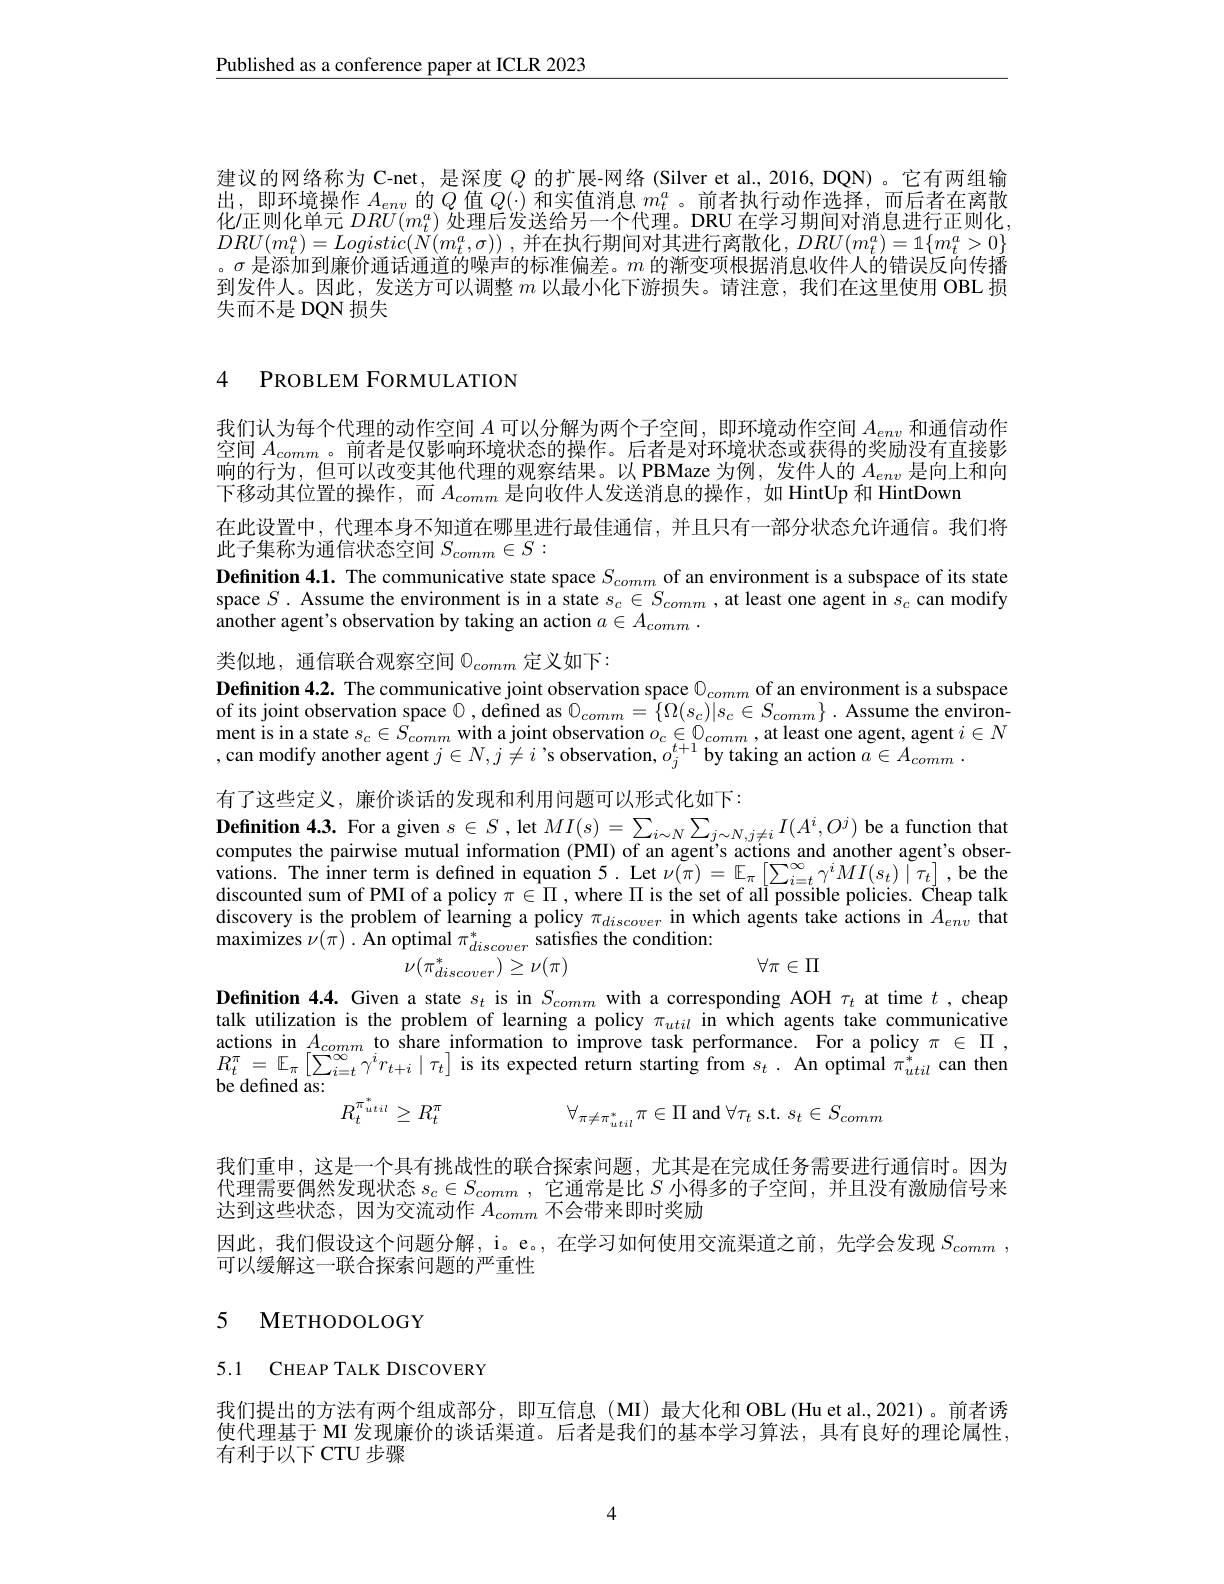
$\underline{\text{Published as a conference paper at ICLR 2023}}$

建议的网络称为 C-net, 是深度$Q$的扩展-网络 (Silver et al, 2016, DQN) 。它有两组输出，即环境操作$A_env$的$Q$值$Q(\cdot)$和实值消息$m_t^a$。前者执行动作选择，而后者在离散化佂则化单元$DRU(m_t^a)$处理后发送给另一个代理。DRU 在学习期间对消息进行正则化， $DRU( m_{t}^{a}) = Logistic( \bar{N} ( m_{t}^{a}, \sigma ) )$ ,并在执行期间对其进行离散化$,DRU(m_{t}^{a})=1\{m_{t}^{a}>0\}$ 。$\sigma$是添加到廉价通话通道的噪声的标准偏差。$m$的渐变项根据消息收件人的错误反向传播到发件人。因此，发送方可以调整$m$以最小化下游损失。请注意，我们在这里使用 OBL 损失而不是 DQN 损失

### 4 PROBLEM FORMULATION

我们认为每个代理的动作空间$A$可以分解为两个子空间，即环境动作空间$A_env$和通信动作

空间$A_{comm}$ 。前者是仅影响环境状态的操作。后者是对环境状态或获得的奖励没有直接影

响的行为，但可以改变其他代理的观察结果。以 PBMaze 为例，发件人的$A_{env}$是向上和向

下移动其位置的操作，而$A_comm$是向收件人发送消息的操作，如 HintUp 和 HintDown

在此设置中，代理本身不知道在哪里进行最佳通信，并且只有一部分状态允许通信。我们将

此子集称为通信状态空间$S_comm\in S:$

Definition 4.1. The communicative state space $S_{comm}$ of an environment is a subspace of its state

space $S.$ Assume the environment is in a state $s_c\in S_{comm}$, at least one agent in $s_c$ can modify

another agent's observation by taking an action $a\in A_comm$ .

类似地，通信联合观察空间$0_{comm}$定义如下：

Definition 4.2. The communicative joint observation space $\textcircled{0}_{comm}$ of an environment is a subspace

of its joint observation space 0, defined as $\mathcal{O}_comm=\{\Omega(s_c)|s_c\in S_{comm}\}.$ Assume the environ-

ment is in a state $s_{c}\in \hat{S_{comm}}$ with a joint observation $o_{c}\in \mathcal{O} _{comm}$,at least one agent, agent $i\in N$ , can modify another agent $j\in N, j\neq i$ ' s observation, $o_{j}^{t+ 1}$by taking an action $a\in A_{comm}.$

有了这些定义，廉价谈话的发现和利用问题可以形式化如下：

Definition 4.3. For a given $s\in S$, let $MI(s)=\sum_{i\sim N}\sum_{j\sim N,j\neq i}I(A^i,O^j)$ be a function that computes the pairwise mutual information (PMI) of an agent's actions and another agent's observations. The inner term is defined in equation 5. Let $\nu(\pi)=\mathbb{E}_\pi\left[\sum_{i=t}^\infty\gamma^iMI(s_t)\mid\tau_t\right]$,be the discounted sum of PMI of a policy $\pi\in\Pi$, where $\Pi$ is the set of all possible policies. Čheap talk discovery is the problem of learning a policy $\pi_{discover}$ in which agents take actions in $A_{env}$ that $\operatorname*{maximizes}\nu(\pi)^{.}$An optimal $\pi_discover^{*}$ satisfies the condition:
$$\forall\pi\in\Pi $$
$\nu(\pi_{discover}^*)\geq\nu(\pi)$

Definition 4.4. Given a state $s_t$ is in $S_{comm}$ with a corresponding AOH $\tau_t$ at time $t$,cheap talk utilization is the problem of learning a policy $\pi_{util}$ in which agents take communicative actions in $A_{comm}$ to share information to improve task performance. For a policy $\pi\in\Pi$, $\begin{array}{l}{R_{t}^{\pi}=\mathbb{E}_{\pi}\left[\sum_{i=t}^{\infty}\gamma^{i}r_{t+i}\mid\tau_{t}\right]\text{ is its expected return starting from }s_{t}.\text{ An optimal }\pi_{util}^{*}\text{can then}}\\{\text{be defined as:}}\end{array}$
$$R_{t}^{\pi_{util}^{*}}\geq R_{t}^{\pi}\quad\forall_{\pi\neq\pi_{util}^{*}}\pi\in\Pi\mathrm{~and~}\forall\tau_{t}\mathrm{~s.t.~}s_{t}\in S_{comm}$$
我们重申，这是一个具有挑战性的联合探索问题，尤其是在完成任务需要进行通信时。因为代理需要偶然发现状态$s_c\in S_{comm}$,它通常是比$S$小得多的子空间，并且没有激励信号来达到这些状态，因为交流动作$A_{comm}$不会带来即时奖励
因此，我们假设这个问题分解，i。e。,在学习如何使用交流渠道之前，先学会发现$S_{comm}$ ,
可以缓解这一联合探索问题的严重性

## 5 METHODOLOGY

5.1 CHEAP TALK DISCOVERY

我们提出的方法有两个组成部分，即互信息(MI)最大化和 OBL(Hu et al.,2021)。前者诱使代理基于 MI 发现廉价的谈话渠道。后者是我们的基本学习算法，具有良好的理论属性， 有利于以下 CTU 步骤

4